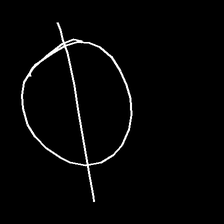
Glyph: orb